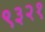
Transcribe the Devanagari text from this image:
९३२१